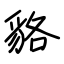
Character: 貉